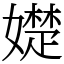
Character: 𡢟